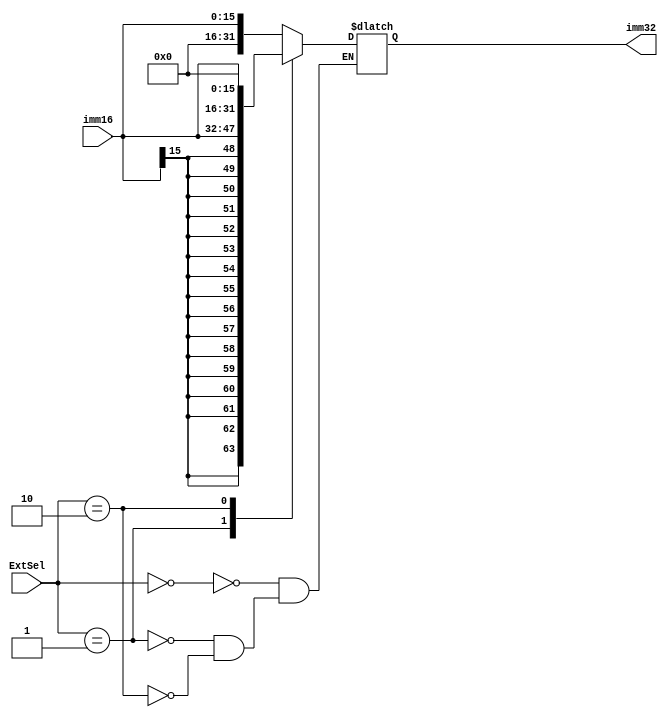
`timescale 1ns / 1ps
//////////////////////////////////////////////////////////////////////////////////
// Company: 
// Engineer: 
// 
// Design Name: 
// Module Name:    EXT 
// Project Name: 
// Target Devices: 
// Tool versions: 
// Description: 
//
// Dependencies: 
//
// Revision: 
// Revision 0.01 - File Created
// Additional Comments: 
//
//////////////////////////////////////////////////////////////////////////////////
module EXT(
    input [15:0] imm16,
    input [1:0] ExtSel,
    output reg[31:0] imm32
    );

    always @(*) begin
        case(ExtSel)
            2'b00:begin // zero extend 16 to 32
                imm32 <= {{16{1'b0}}, imm16};
            end
            2'b01:begin // signed extend 16 to 32
                imm32 <= {{16{imm16[15]}}, imm16};
            end
            2'b10:begin // move high extend
                imm32 <= {imm16, {{16{1'b0}}}};
            end
        endcase
    end

endmodule